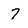
Character: 7